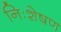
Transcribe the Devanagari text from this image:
निःशेषण